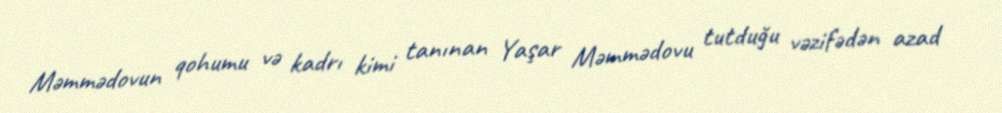
Məmmədovun qohumu və kadrı kimi tanınan Yaşar Məmmədovu tutduğu vəzifədən azad